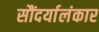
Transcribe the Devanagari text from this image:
सौंदर्यालंकार